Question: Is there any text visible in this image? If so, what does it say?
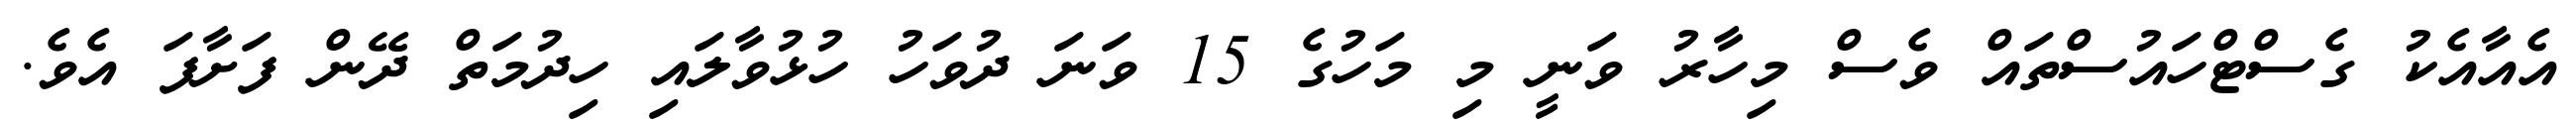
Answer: އެއާއެކު ގެސްޓްހައުސްތައް ވެސް މިހާރު ވަނީ މި މަހުގެ 15 ވަނަ ދުވަހު ހުޅުވާލައި ހިދުމަތް ދޭން ފަށާފަ އެވެ.